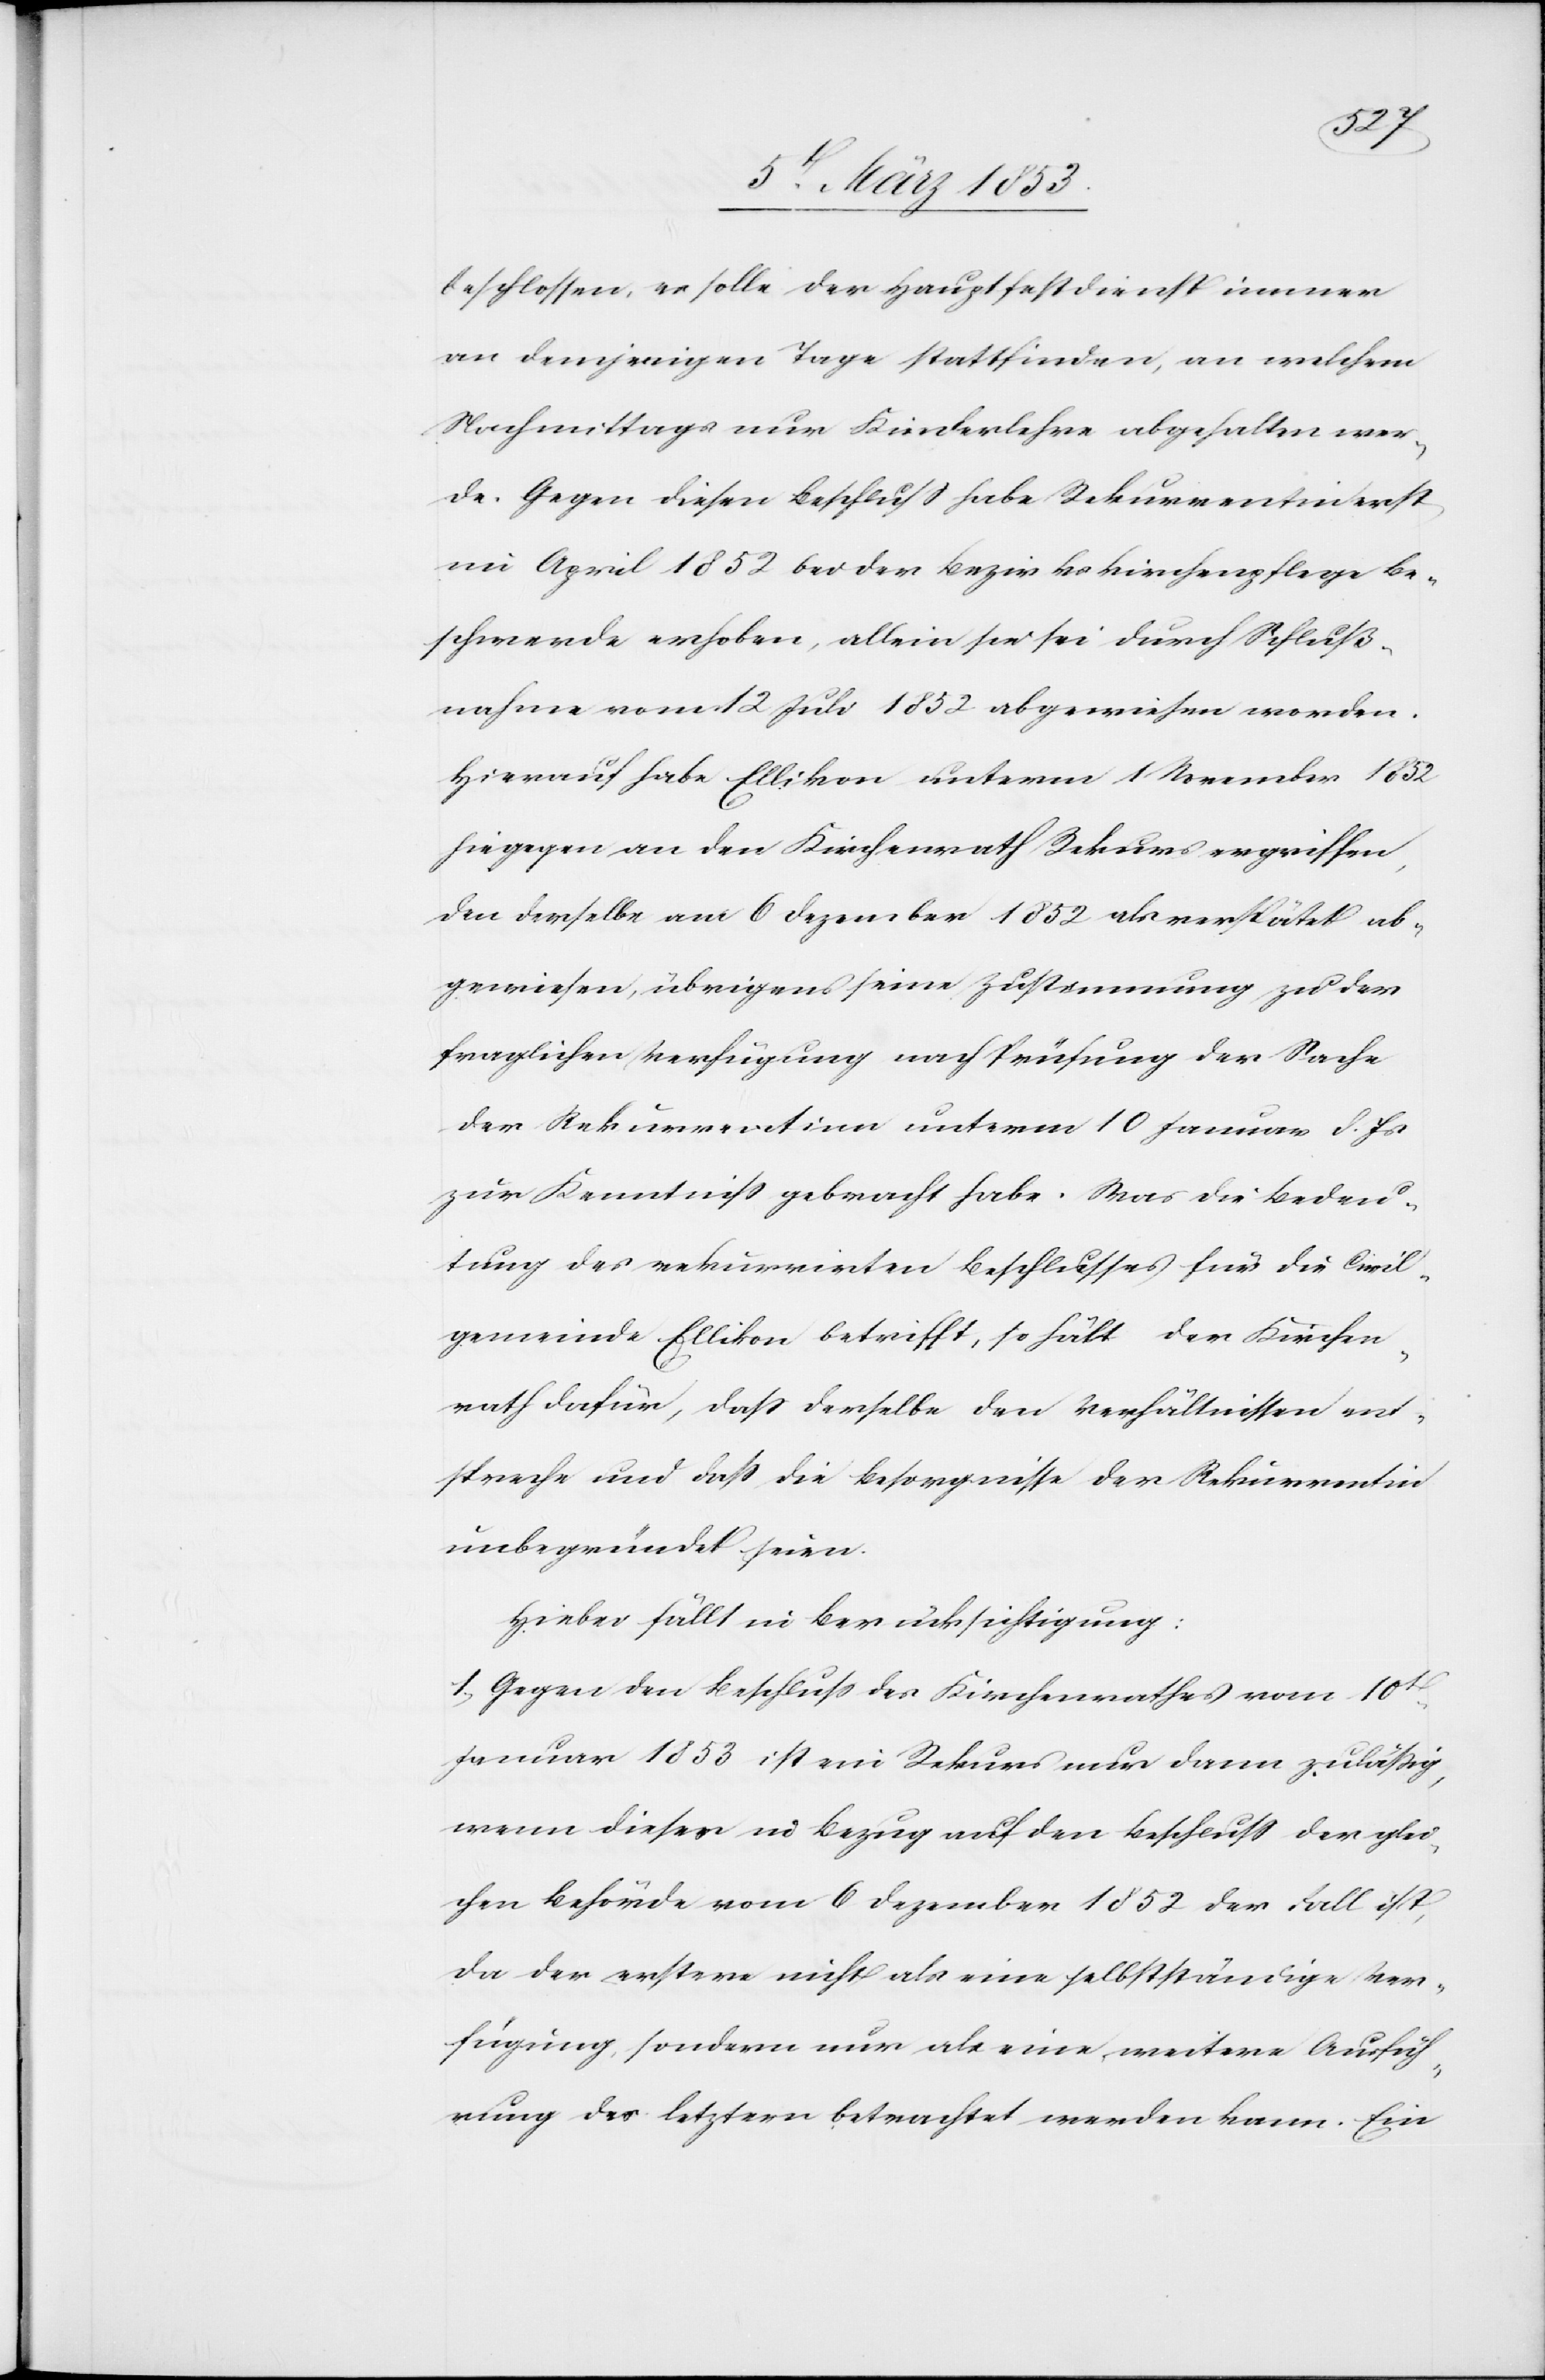
beschlossen, er solle der Hauptfestdienst immer
an demjenigen Tage stattfinden, an welchem
Nachmittags nur Kinderlehre abgehalten wer¬
de. Gegen diesen Beschluß habe Rekurrentin erst
im April 1852 bei der Bezirkskirchenpflege Be¬
schwerde erhoben, allein sie sei durch Schluß¬
nahme vom 12 Juli 1852 abgewiesen worden.
Hierauf habe Ellikon unterm 1 November 1852
hiegegen an den Kirchenrath Rekurs ergriffen,
den derselbe am 6 Dezember 1852 als verspätet ab¬
gewiesen, übrigens seine Zustimmung zu der
fraglichen Verfügung nach Prüfung der Sache
der Rekurrentinn unterm 10 Januar d. Js.
zur Kenntniß gebracht habe. Was die Bedeu¬
tung des rekurrirten Beschlusses für die Civil¬
gemeinde Ellikon betrifft, so hält der Kirchen¬
rath dafür, daß derselbe den Verhältnissen ent¬
spreche und daß die Besorgnisse der Rekurrentinn
unbegründet seien.
Hiebei fällt in Berücksichtung:
1, Gegen den Beschluß des Kirchenrathes vom 10t.
Januar 1853 ist ein Rekurs nur dann zuläßig,
wenn dieser in Bezug auf den Beschluß der glei¬
chen Behörde vom 6 Dezember 1852 der Fall ist,
da der erstere nicht als eine selbstständige Ver¬
fügung, sondern nur als eine weitere Ausfüh¬
rung des letztern betrachtet werden kann. Ein